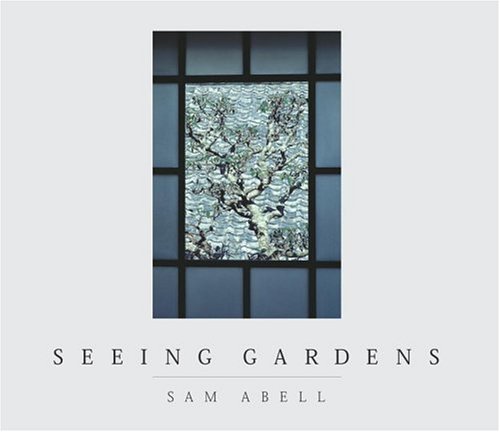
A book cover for Seeing Gardens (New Millennium); Sam Abell; Crafts, Hobbies & Home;